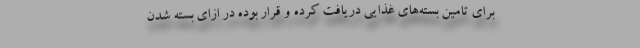
برای تامین بسته‌های غذایی دریافت کرده و قرار بوده در ازای بسته شدن